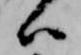
ハ